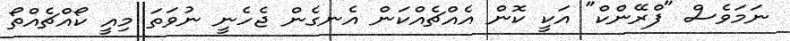
ނަމަވެސް "ފްރޭންކް" އަކީ ކޮން އެއްޗެއްކަން އެނގެން ޖެހެނީ ނުވަތަ މިއީ ކޯއްޗެއްތޯ